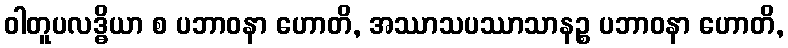
ဝါတူပလဒ္ဓိယာ စ ပဘာဝနာ ဟောတိ, အဿာသပဿာသာနဉ္စ ပဘာဝနာ ဟောတိ,